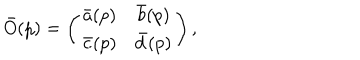
LaTeX: \bar { O } ( p ) = \left( \begin{matrix} { { \bar { a } ( p ) } } & { { \bar { b } ( p ) } } \\ { { \bar { c } ( p ) } } & { { \bar { d } ( p ) } } \\ \end{matrix} \right) ,